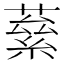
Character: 𮑙